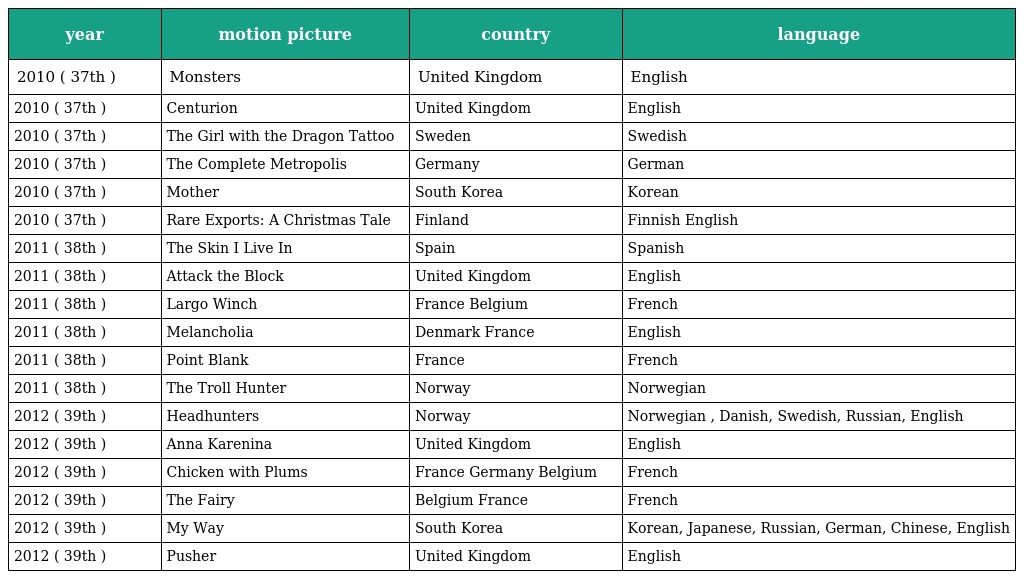
| year | motion picture | country | language |
 | --- | --- | --- | --- |
 | 2010 ( 37th ) | Monsters | United Kingdom | English |
 | 2010 ( 37th ) | Centurion | United Kingdom | English |
 | 2010 ( 37th ) | The Girl with the Dragon Tattoo | Sweden | Swedish |
 | 2010 ( 37th ) | The Complete Metropolis | Germany | German |
 | 2010 ( 37th ) | Mother | South Korea | Korean |
 | 2010 ( 37th ) | Rare Exports: A Christmas Tale | Finland | Finnish English |
 | 2011 ( 38th ) | The Skin I Live In | Spain | Spanish |
 | 2011 ( 38th ) | Attack the Block | United Kingdom | English |
 | 2011 ( 38th ) | Largo Winch | France Belgium | French |
 | 2011 ( 38th ) | Melancholia | Denmark France | English |
 | 2011 ( 38th ) | Point Blank | France | French |
 | 2011 ( 38th ) | The Troll Hunter | Norway | Norwegian |
 | 2012 ( 39th ) | Headhunters | Norway | Norwegian , Danish, Swedish, Russian, English |
 | 2012 ( 39th ) | Anna Karenina | United Kingdom | English |
 | 2012 ( 39th ) | Chicken with Plums | France Germany Belgium | French |
 | 2012 ( 39th ) | The Fairy | Belgium France | French |
 | 2012 ( 39th ) | My Way | South Korea | Korean, Japanese, Russian, German, Chinese, English |
 | 2012 ( 39th ) | Pusher | United Kingdom | English |